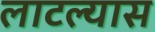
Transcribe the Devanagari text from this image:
लाटल्यास